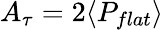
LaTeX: A_{\tau}=2\langle P_{flat}\rangle